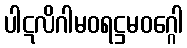
ပါဋလိဂါမဝရဋ္ဌမဝဂ္ဂေါ